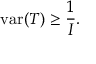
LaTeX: \operatorname { v a r } ( T ) \geq { \frac { 1 } { I } } .